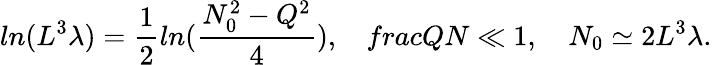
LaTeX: ln(L^{3}\lambda)=\frac{1}{2}ln(\frac{N_{0}^{2}-Q^{2}}{4}),\ \ \ \, frac{Q}{N}\ll 1,\ \ \ \ N_{0}\simeq 2L^{3}\lambda.